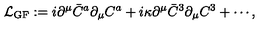
{ \cal L } _ { \mathrm { G F } } : = i \partial ^ { \mu } \bar { C } ^ { a } \partial _ { \mu } C ^ { a } + i \kappa \partial ^ { \mu } \bar { C } ^ { 3 } \partial _ { \mu } C ^ { 3 } + \cdots ,